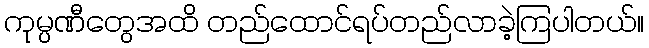
ကုမ္ပဏီတွေအထိ တည်ထောင်ရပ်တည်လာခဲ့ကြပါတယ်။